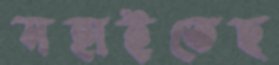
সহাইতেছ